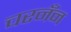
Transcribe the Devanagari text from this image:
चरनँन